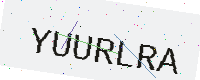
Text: YUURLRA